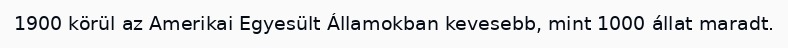
1900 körül az Amerikai Egyesült Államokban kevesebb, mint 1000 állat maradt.